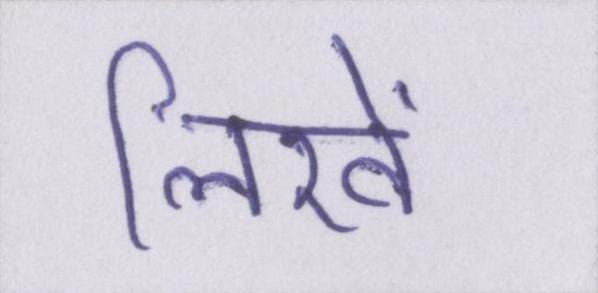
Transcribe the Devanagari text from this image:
लिखें